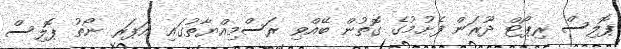
ޕޮލިސް ރިޕޯޓް ދޫރަން ފެށުމުގެ ގޮތުން ބޭއްވި ރަސްމިއްޔާތުގައި އަޕަރ ނޯތު ޕޮލިސް